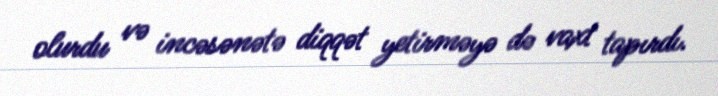
olurdu və incəsənətə diqqət yetirməyə də vaxt tapırdı.